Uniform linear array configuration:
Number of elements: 12
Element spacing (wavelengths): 0.75
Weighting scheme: kaiser
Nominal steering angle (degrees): -30
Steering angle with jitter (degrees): -30.76
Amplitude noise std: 0.05
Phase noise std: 0.05

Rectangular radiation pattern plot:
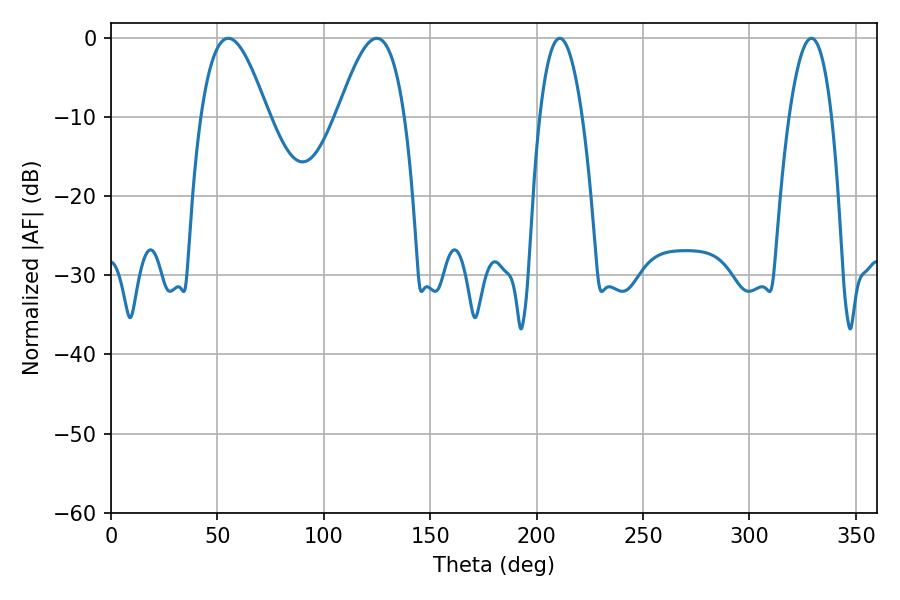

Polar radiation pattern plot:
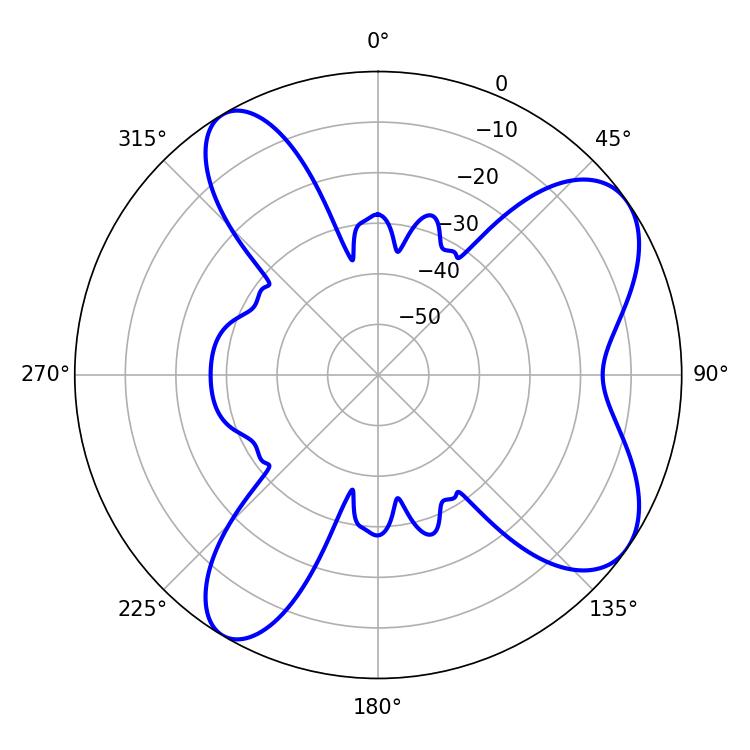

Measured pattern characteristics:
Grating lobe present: TRUE
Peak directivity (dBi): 7.7
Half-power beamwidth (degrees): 17.1
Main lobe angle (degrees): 55.08